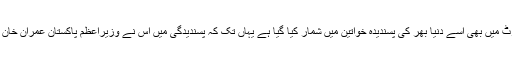
یہی وجہ ہے کہ انڈیکس رپورٹ میں بھی اسے دنیا بھر کی پسندیدہ خواتین میں شمار کیا گیا ہے یہاں تک کہ پسندیدگی میں اس نے وزیراعظم پاکستان عمران خان کو بھی پیچھے چھوڑ دیا ہے۔